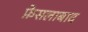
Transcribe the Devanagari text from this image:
फ़ेसलाबाद